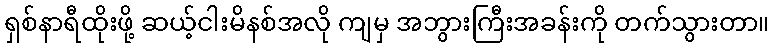
ရှစ်နာရီထိုးဖို့ ဆယ့်ငါးမိနစ်အလို ကျမှ အဘွားကြီးအခန်းကို တက်သွားတာ။